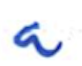
Text: a
Cross-out: clean
Writing tool: ballpoint